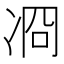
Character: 㓏